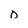
Character: 0